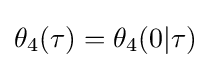
\theta _{4}(\tau )=\theta _{4}(0|\tau )